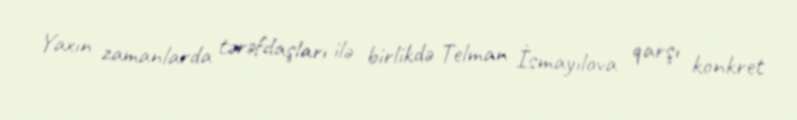
Yaxın zamanlarda tərəfdaşları ilə birlikdə Telman İsmayılova qarşı konkret